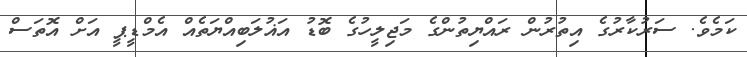
ކަމެވެ. ސަރުކާރުގެ އިތުރުން ރައްޔިތުންގެ މަޖިލީހުގެ ބޮޑު އަޣުލަބިއްޔަތެއް އެމްޑީޕީ އަށް އޮތަސް